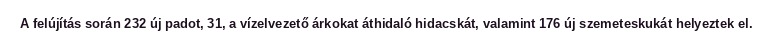
A felújítás során 232 új padot, 31, a vízelvezető árkokat áthidaló hidacskát, valamint 176 új szemeteskukát helyeztek el.